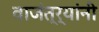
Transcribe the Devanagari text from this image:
वाजंत्र्यांनी